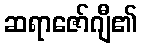
ဆရာဇော်ဂျီ၏